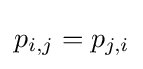
p_{i,j}=p_{j,i}